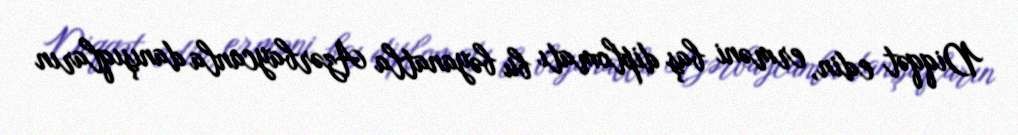
Diqqət edin, erməni baş diplomatı bu bəyanatla Azərbaycanla danışıqların